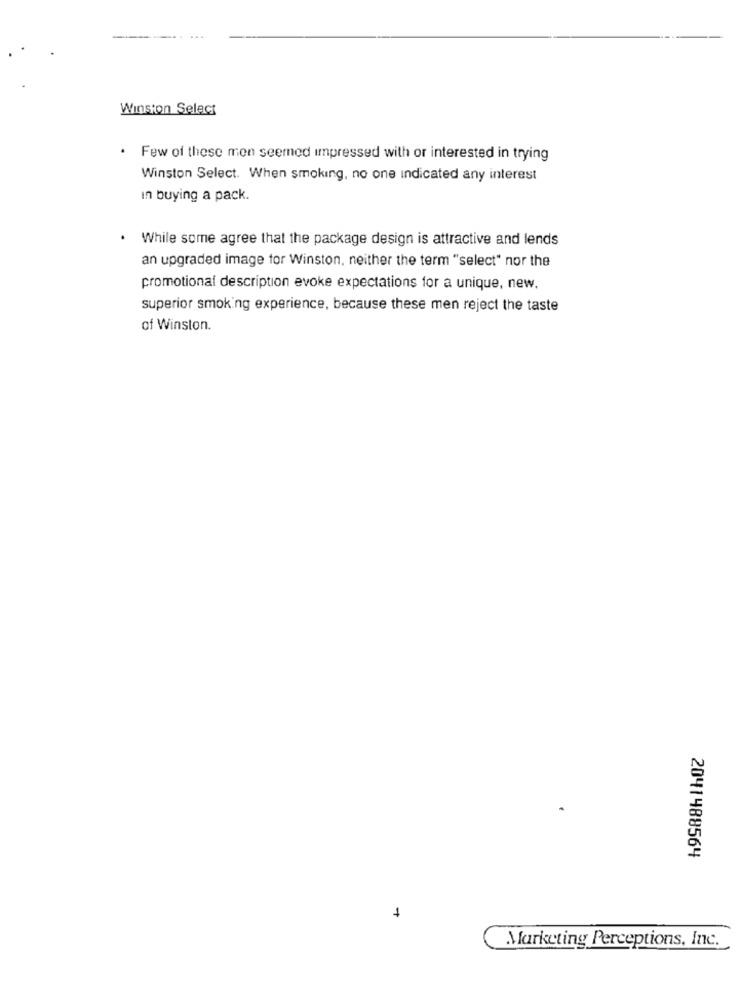
Winston Select
. Few of these men seemed impressed with or interested in trying
Winston Select. When smoking, no one indicated any interest
In buying a pack.
. While some agree that the package design is attractive and lends
an upgraded image for Winston, neither the term "select" nor the
promotional description evoke expectations for a unique, new.
superior smoking experience, because these men reject the taste
of Winston.
2041488564
1
Marketing Perceptions, Inc.